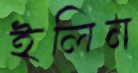
ইলিন